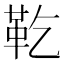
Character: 䩐